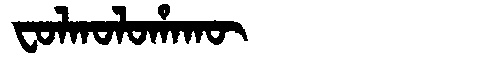
Manchu: ᠸᠣᠯᡴᠣᠯᠣᡥᠠᡴᡡ
Romanization: FOLKOLOHAKŪ